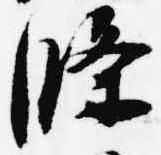
條